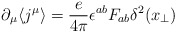
\begin{align*} \partial_\mu \langle j^\mu\rangle = \frac {e} {4\pi} \epsilon^{ab} F_{ab} \delta^2(x_\perp)\end{align*}